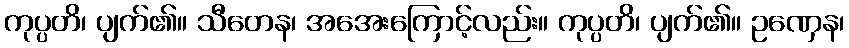
ကုပ္ပတိ၊ ပျက်၏။ သီတေန၊ အအေးကြောင့်လည်း။ ကုပ္ပတိ၊ ပျက်၏။ ဥဏှေန၊